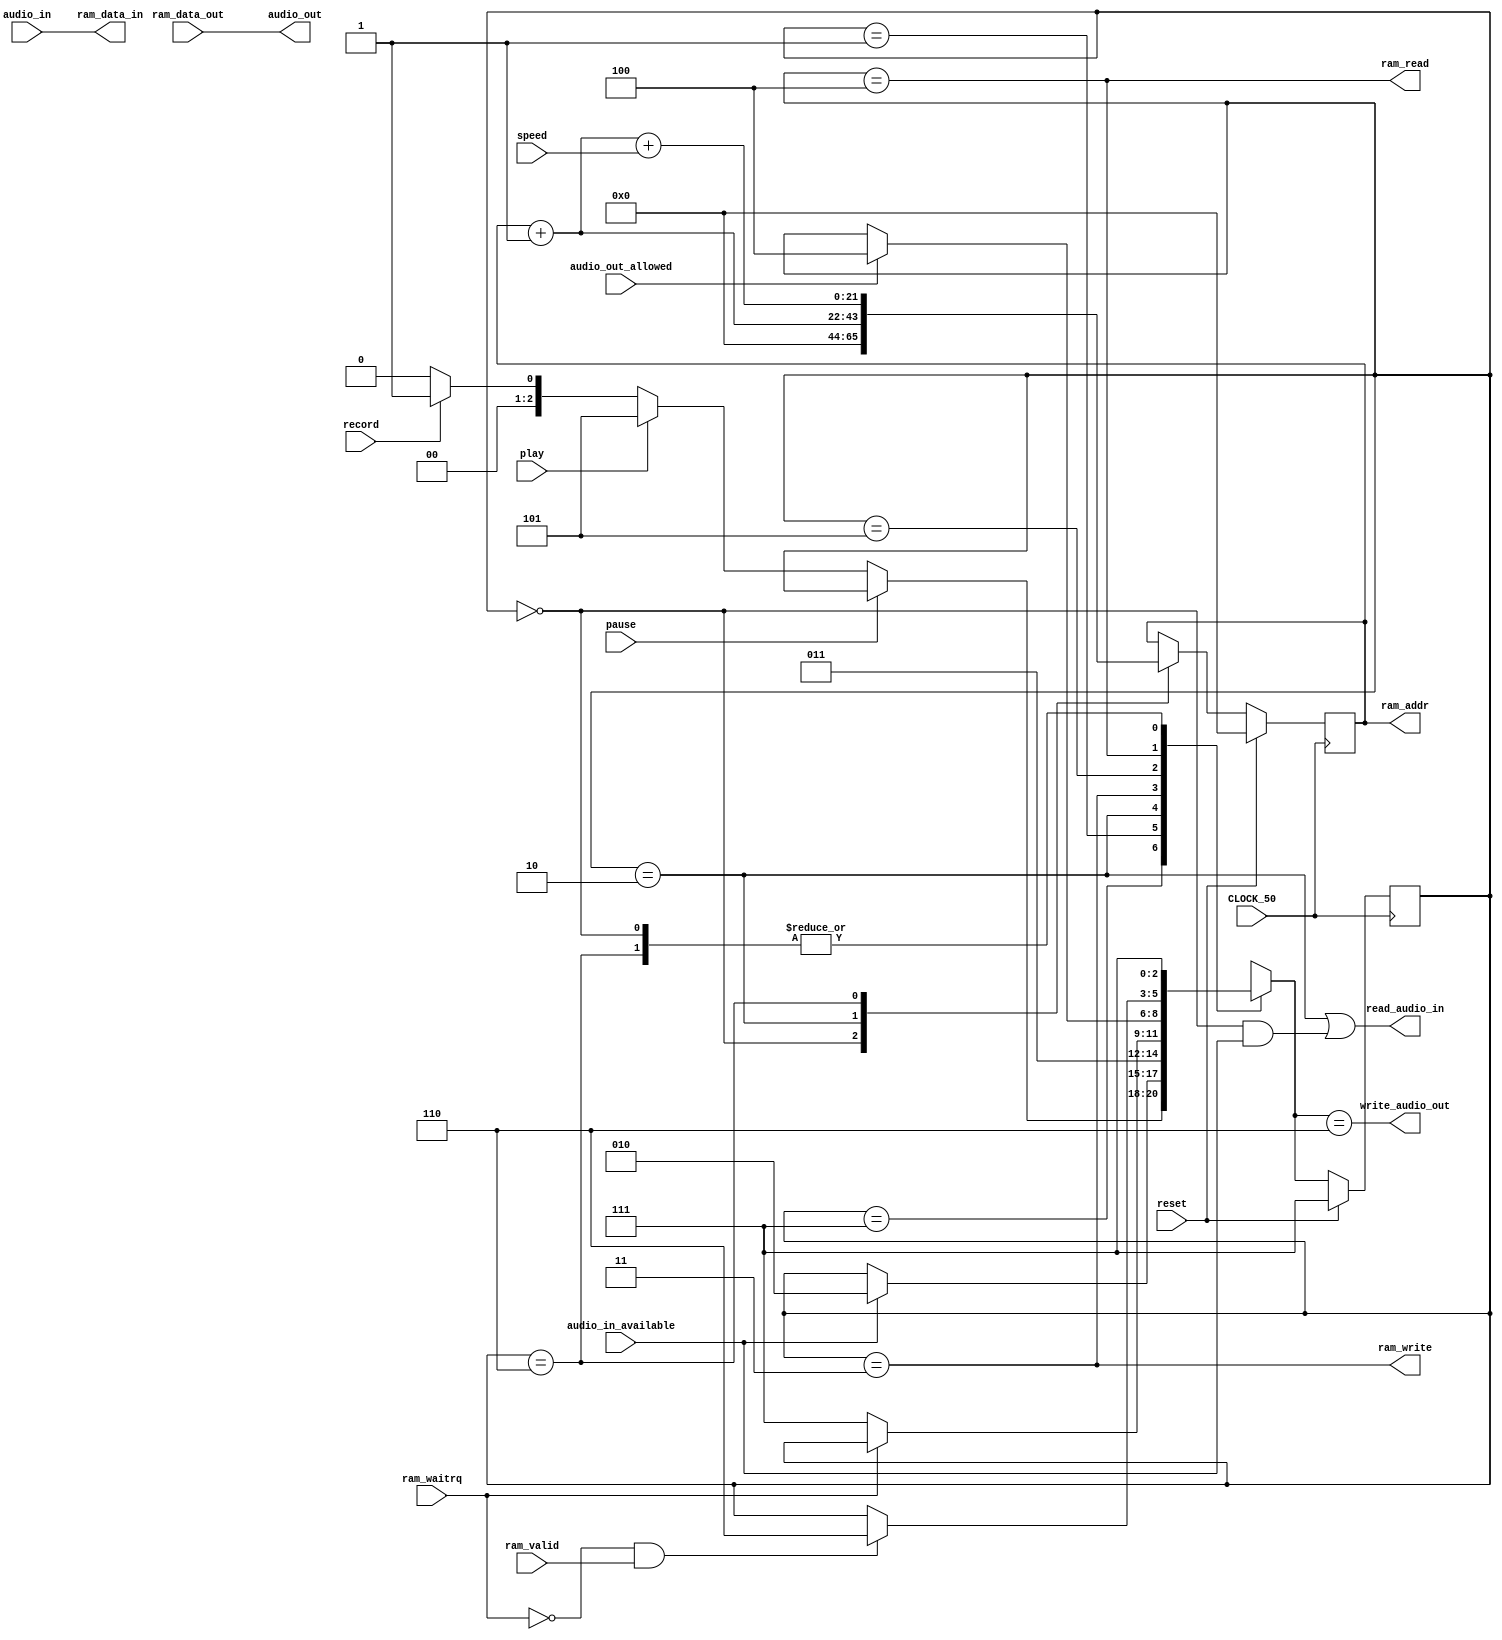
module playrec(
	input			CLOCK_50, reset,
	output	[21:0]	ram_addr,
	output	[15:0]	ram_data_in,
	output			ram_read, ram_write,
	input	[15:0]	ram_data_out,
	input			ram_valid, ram_waitrq,

	output	[15:0]	audio_out,
	input	[15:0]	audio_in,
	input			audio_out_allowed, audio_in_available,
	output			write_audio_out, read_audio_in,

	input			play, record, pause,
	input	[1:0]	speed
);

// FSM for moving audio data to/from dram

reg [2:0] st, streg;

localparam	st_start = 0,
			st_rc_audio_wait = 1,
			st_rc_ram_nextaddr = 2,
			st_rc_ram_wait = 3,
			st_pl_ram_rd = 4,
			st_pl_audio_wait = 5,
			st_pl_ram_nextaddr = 6,
			st_input_check = 7;

always @(*) begin
	st = streg;
	case(streg)
		st_start: st = st_input_check;
		st_input_check:
			if(!pause)
				if(play) st = st_pl_audio_wait;
				else if(record) st = st_rc_audio_wait;
				else st = st_start;

		st_rc_audio_wait: if(audio_in_available) st = st_rc_ram_nextaddr;
		st_rc_ram_nextaddr: st = st_rc_ram_wait;
		st_rc_ram_wait: if(!ram_waitrq) st = st_input_check;

		st_pl_audio_wait: if(audio_out_allowed) st = st_pl_ram_rd;
		st_pl_ram_rd: if(!ram_waitrq && ram_valid) st = st_pl_ram_nextaddr; // Technically, this should be 2 states. The way it is, we might perform
																			// several reads from the same address, but it doesn't matter.
		st_pl_ram_nextaddr: st = st_input_check;
	endcase
end

always @(posedge CLOCK_50)
	if(reset) streg <= st_input_check;
	else streg <= st;


// Ram address counter
always @(posedge CLOCK_50)
	if(reset) ram_addr <= 0;
	else
		case(streg)
			st_start: ram_addr <= 0;
			st_rc_ram_nextaddr: ram_addr <= ram_addr + 1;
			st_pl_ram_nextaddr: ram_addr <= ram_addr + 1 + speed;
		endcase

// Connect the audio controller

assign read_audio_in = (streg == st_rc_ram_nextaddr) || (streg == st_start && audio_in_available);
assign write_audio_out = (st == st_pl_ram_nextaddr);

// Connect the dram

assign ram_data_in = audio_in;
assign audio_out = ram_data_out;

assign ram_write = (streg == st_rc_ram_wait);
assign ram_read = (streg == st_pl_ram_rd);


endmodule